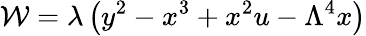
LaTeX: {\cal W}=\lambda\left(y^{2}-x^{3}+x^{2}u-\Lambda^{4}x\right)